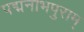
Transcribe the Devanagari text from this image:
पद्मनाभपुराम्